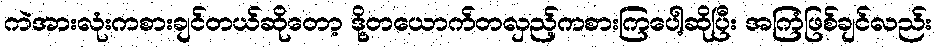
ကဲအားလုံးကစားချင်တယ်ဆိုတော့ ဒို့တယောက်တလှည့်ကစားကြပေါ့ဆိုပြီး အကြံဖြစ်ချင်လည်း